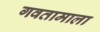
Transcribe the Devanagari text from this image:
गवतामाला